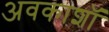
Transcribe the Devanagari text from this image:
अवकाशॉ